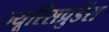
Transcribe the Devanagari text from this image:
ज्यूरिसप्रुडेंस